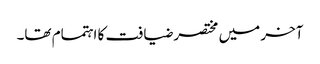
آخر میں مختصر ضیافت کا اہتمام تھا۔